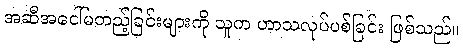
အဆီအငေါ်မတည့်ခြင်းများကို သူက ဟာသလုပ်ပစ်ခြင်း ဖြစ်သည်။